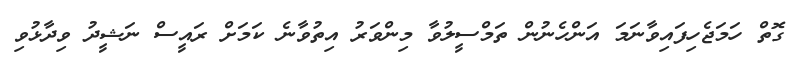
ގޮތް ހަމަޖެހިފައިވާނަމަ އަންހެނުން ތަމްސީލުވާ މިންވަރު އިތުވާނެ ކަމަށް ރައީސް ނަޝީދު ވިދާޅުވި